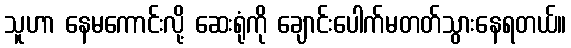
သူဟာ နေမကောင်းလို့ ဆေးရုံကို ချောင်းပေါက်မတတ်သွားနေရတယ်။